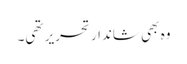
وہ بھی شاندار تحریر تھی۔